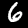
Digit: 6